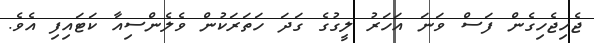
ޖެހިޖެހިގެން ފަސް ވަނަ އަހަރު ލީގުގެ ގަދަ ހަތަރަކުން ވެލެންސިއާ ކަޓައިފި އެވެ.